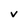
Character: V